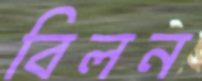
বিলন